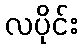
လပိုင်း